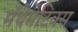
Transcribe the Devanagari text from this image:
मॅथेमेटिक्स